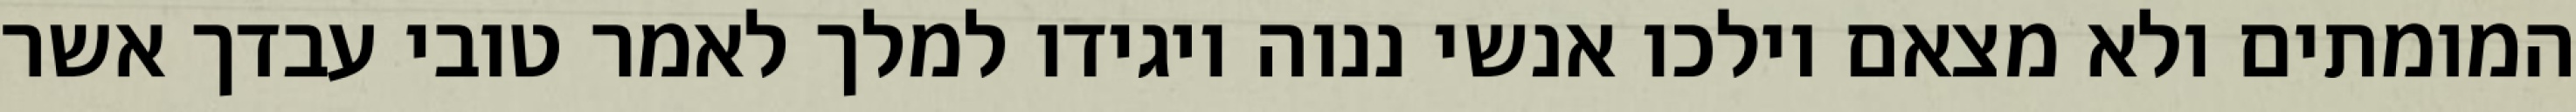
המומתים ולא מצאם וילכו אנשי ננוה ויגידו למלך לאמר טובי עבדך אשר